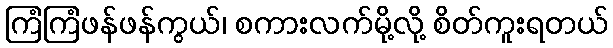
ကြံကြံဖန်ဖန်ကွယ်၊ စကားလက်မို့လို့ စိတ်ကူးရတယ်